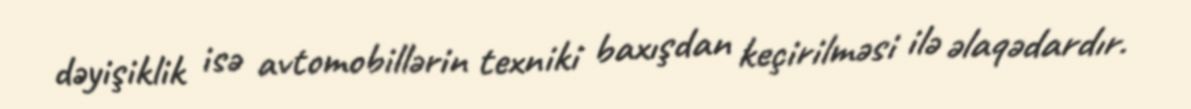
dəyişiklik isə avtomobillərin texniki baxışdan keçirilməsi ilə əlaqədardır.